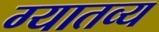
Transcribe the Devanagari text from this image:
ग्यातव्य